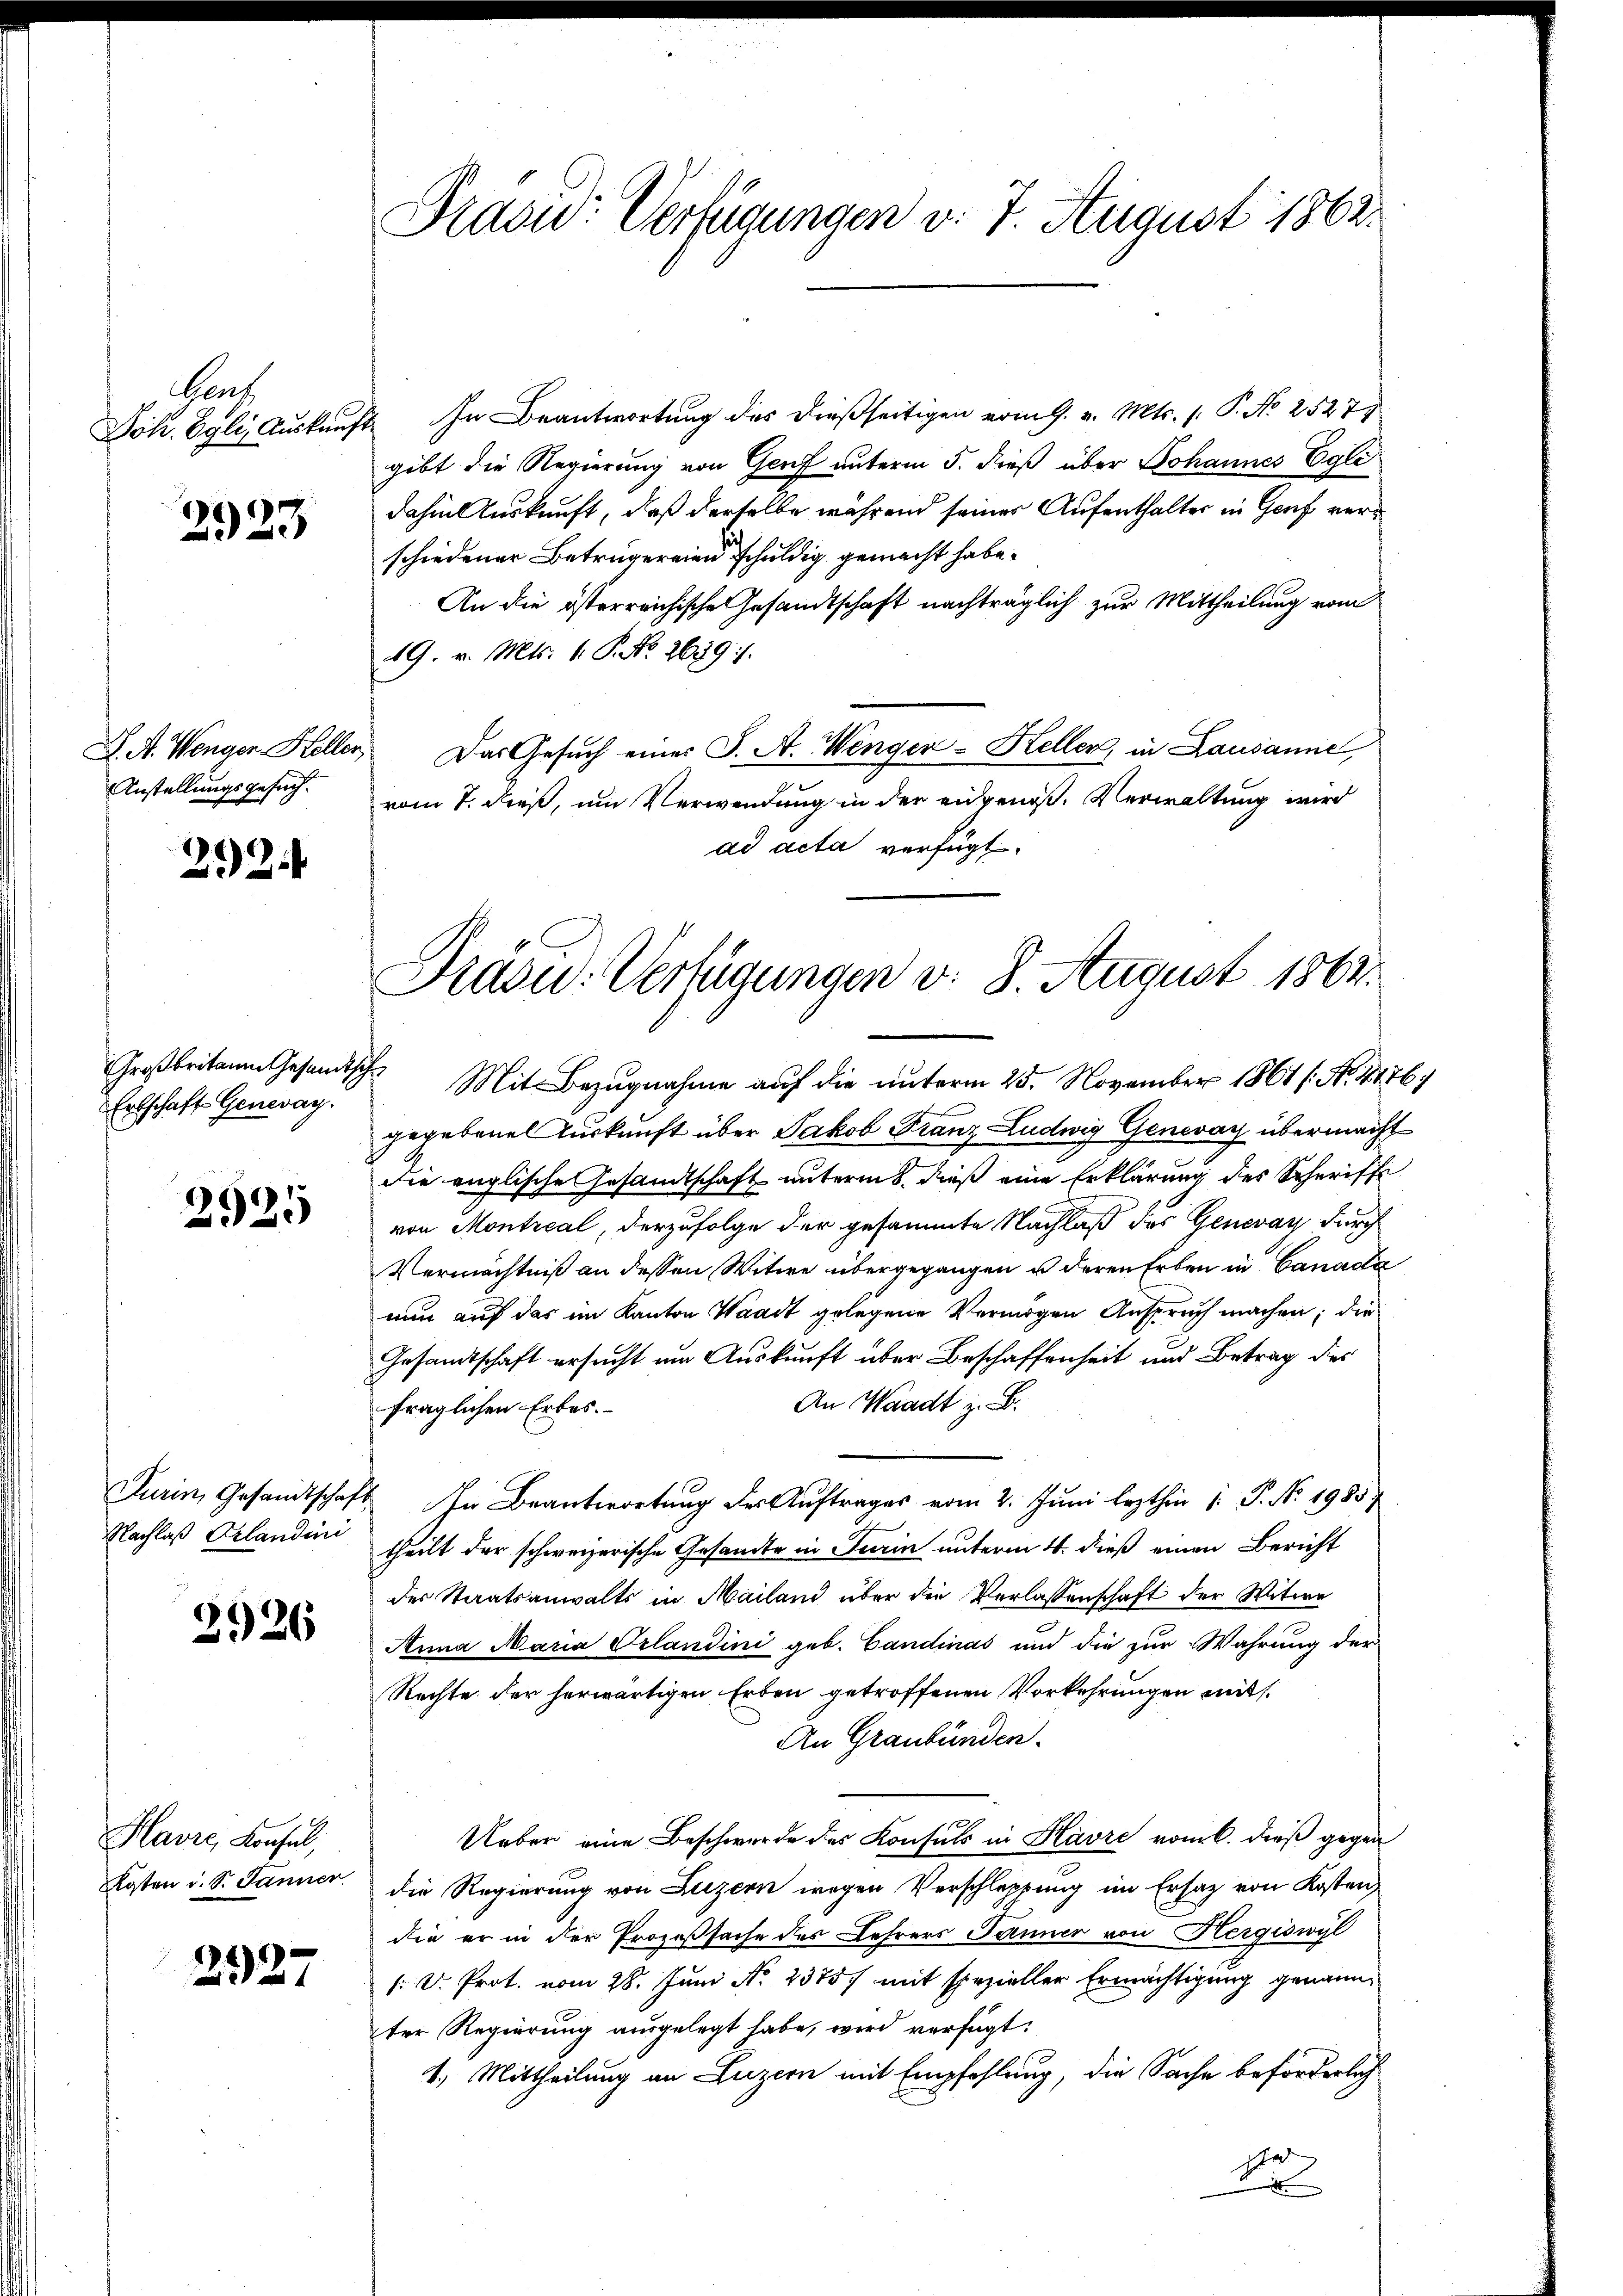
Gent
Joh. Egli, Auskauf

2923

Anstellungsgesuch.

292.

Großbritain Gesandtsch
Erbschaft Generay.

2925

Turin, Gesandtschaf
Nachlaß Erlandini

2926

Havre, Konsul,
gten u. S. Jänner

2927

Praad: Verfügungen v. 7. August 1862.

2. In Beantwortung des dießseitigen vom 9. v. Mts. 1. P. No 2527)
gibt die Regierung von Genf unterm 5. dieß über Johannes Egli
dahin Auskunft, daß derselbe während seiner Aufenthalter in Genf verschiedener Beträgereien schuldig gemacht habe.
An die österreichische Gesandtschaft nachträglich zur Mittheilung vom
19. v. Mts. 1. P. No. 2639.
J. A. Wenger Heller. Das Gesuch eines J. A. Wenger-Keller, in Lausanne,
vom 7. dieß, um Verwendung in der eidgenoße Verwaltung wird
ad acta verfügt:

Frasid. Verfügungen v. 8. August 1862.

E
Mit Bezugnahme auf die unterm 25. November 1861 (N. 4476
gegebene Auskunft über Jakob Franz Ludwig Genevay übermacht
die englische Gesamtschaft unterm 8. dieß eine Erklärung des Schriffe
von Montreal, derzufolge der gesammte Nachlaß des Genevar durch
Vermächtniß an dessen Witwe übergegangen u deren Erben in Canada
nun auf das im Kanton Waadt gelegene Vermögen Anspruch machen; die
Gesandtschaft ersucht um Auskunft über Beschaffenheit und Betrag des
An Waadt z. B.
fraglichen Erbes.
In Beantwortung des Auftrages vom 2. Juni lezthin 1. P. No. 1985
theilt der schweizerische Gesandte in Turin unterm 4. dieß einen Bericht
des Staatsanwalts in Mailand über die Verlassenschaft der Witwe
Anna Maria Orlandini geb. Candinas und die zur Wahrung der
Rechte der herwärtigen Erben getroffenen Vorkehrungen mit
An Graubünden.
Ueber eine Beschwerde des Konsuls in Havre vom 6. dieß gegen
die Regierung von Luzern wegen Verschleppung im Ersatz von Kosten
die er in der Prozeßsache des Lehrers Jänner von Hergiswyl
/: D. Prot. vom 28. Juni No 2375) mit spezieller Ermächtigung genannter Regierung ausgelegt habe, wird verfügt:
1.) Mittheilung an Luzern mit Empfehlung, die Sache beförderlich
he
x